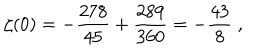
\zeta ( 0 ) = - { \frac { 2 7 8 } { 4 5 } } + { \frac { 2 8 9 } { 3 6 0 } } = - { \frac { 4 3 } { 8 } } \; ,